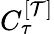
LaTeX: C_{\tau}^{[\mathcal{T}]}